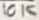
Text: 10K